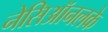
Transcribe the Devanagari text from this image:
नेसिऑनलके